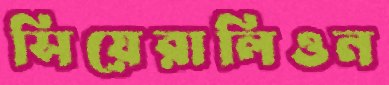
সিয়েরালিওন